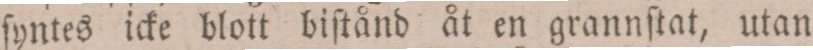
ſyntes icke blott biſtånd åt en grannſtat, utan